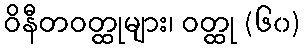
ဝိနီတဝတ္ထုများ၊ ဝတ္ထု (၆၀)